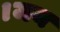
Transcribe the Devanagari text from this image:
।जय